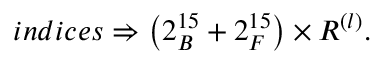
i n d i c e s \Rightarrow \left( 2 _ { B } ^ { 1 5 } + 2 _ { F } ^ { 1 5 } \right) \times R ^ { \left( l \right) } .